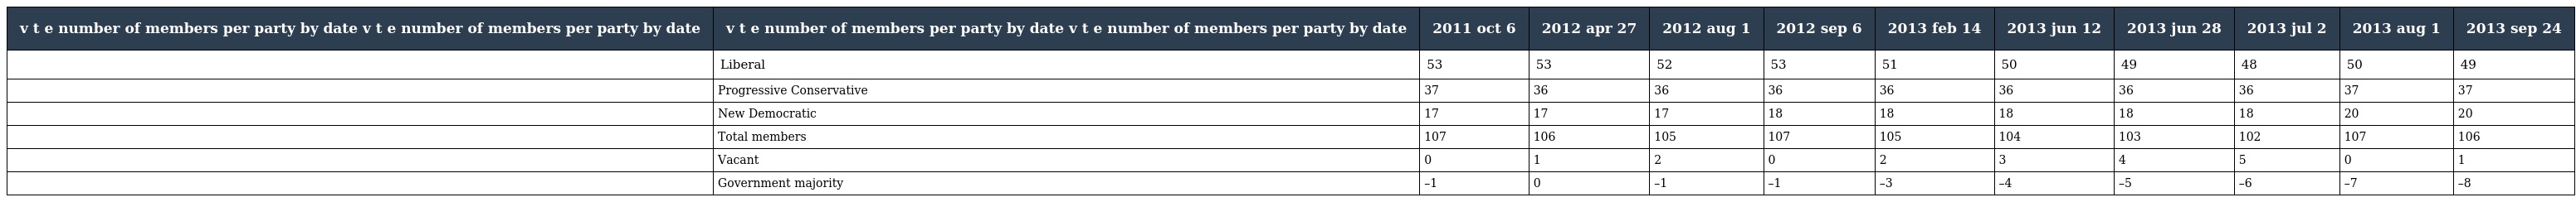
| v t e number of members per party by date v t e number of members per party by date | v t e number of members per party by date v t e number of members per party by date | 2011 oct 6 | 2012 apr 27 | 2012 aug 1 | 2012 sep 6 | 2013 feb 14 | 2013 jun 12 | 2013 jun 28 | 2013 jul 2 | 2013 aug 1 | 2013 sep 24 |
 | --- | --- | --- | --- | --- | --- | --- | --- | --- | --- | --- | --- |
 |  | Liberal | 53 | 53 | 52 | 53 | 51 | 50 | 49 | 48 | 50 | 49 |
 |  | Progressive Conservative | 37 | 36 | 36 | 36 | 36 | 36 | 36 | 36 | 37 | 37 |
 |  | New Democratic | 17 | 17 | 17 | 18 | 18 | 18 | 18 | 18 | 20 | 20 |
 |  | Total members | 107 | 106 | 105 | 107 | 105 | 104 | 103 | 102 | 107 | 106 |
 |  | Vacant | 0 | 1 | 2 | 0 | 2 | 3 | 4 | 5 | 0 | 1 |
 |  | Government majority | –1 | 0 | –1 | –1 | –3 | –4 | –5 | –6 | –7 | –8 |